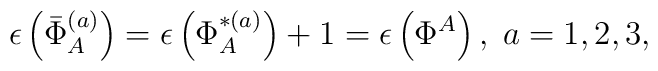
\epsilon \left( \bar{\Phi}_{A}^{(a)}\right) =\epsilon \left( \Phi_{A}^{*(a)}\right) +1=\epsilon \left( \Phi ^{A}\right) ,\;a=1,2,3,